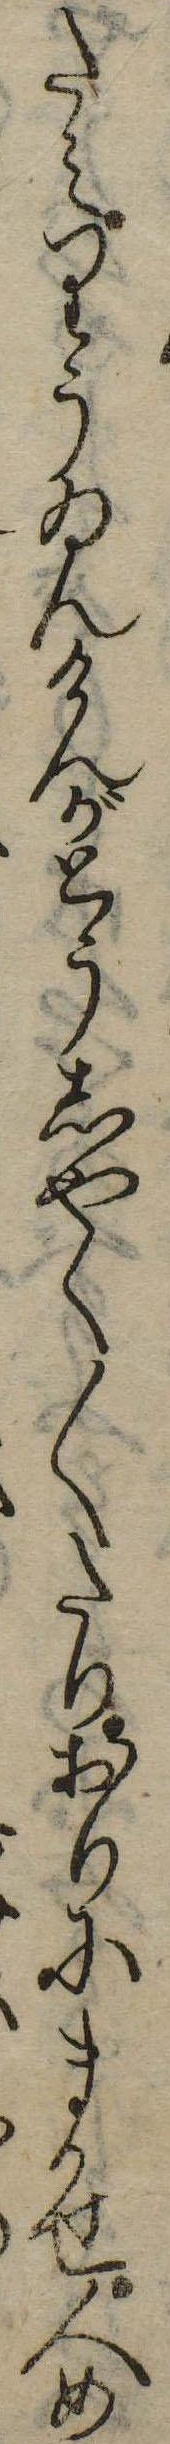
たえりうゐんけんがとうしやく〱たりおりにまかせ人め